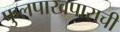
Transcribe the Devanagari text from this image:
फुलपाखपाराची